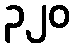
၃၂၀